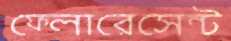
ফ্লোরেসেন্ট